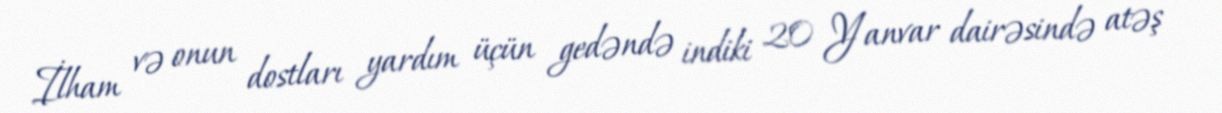
İlham və onun dostları yardım üçün gedəndə indiki 20 Yanvar dairəsində atəş